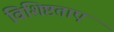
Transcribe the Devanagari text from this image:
विशिष्टताए